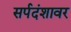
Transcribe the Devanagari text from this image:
सर्पदंशावर